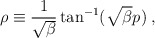
\begin{align*}\rho \equiv \frac{1}{\sqrt{\beta}} \tan^{-1}(\sqrt{\beta}p) \;,\end{align*}